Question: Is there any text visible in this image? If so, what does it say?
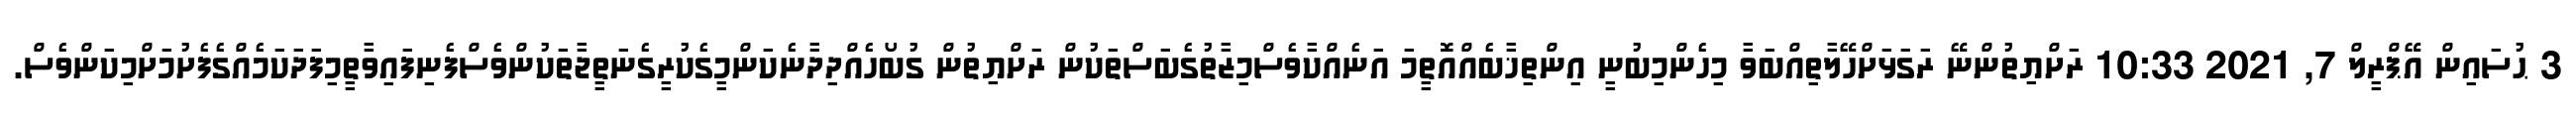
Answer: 3 ޙުސައިން އޭޕްރީލް 7, 2021 10:33 ރަށްޔިތުންނޭ ރަގަޅަށްހޭލާތިއްބަވާ މިހެންމިބުނީ އިންތިޚާބެއްއޮތީމަ އަނެއްކާވެސްމިޒާތުގެބަސްތަކުން ރަށްޔިތުން ގުބޯހެއްދިދާނެކަންމީގެކުރީގެނަތީޖާތަކުންވެސްފެނިފައިވާތީމިފަދަކަމެއްގެފެށުމަށްމިކަންވެސް.